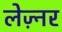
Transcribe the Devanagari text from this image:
लेज़्नर